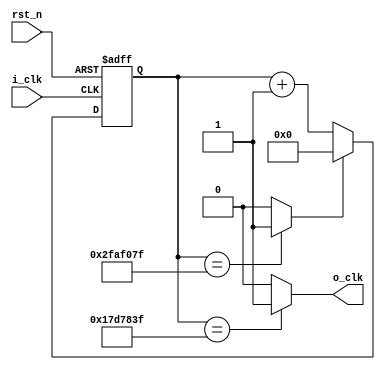
module Pwm #(parameter Period = 50000000, Duty = 25000000)
	(
		input				i_clk,
		input				rst_n,
		output			o_clk	
	);
	
	reg			[27:0]	counter;
	wire						counter_clr;
	wire						counter_dec;
	
	always @(posedge i_clk, negedge rst_n) begin
		if(!rst_n) 
			counter	<=	0;
		else begin
			if(counter_clr)
				counter	<=	0;
			else
				counter	<=	counter	+	1;
		end
	end
	
	assign	counter_clr	=	(counter	==	Period - 1) ? 1'b1 : 1'b0;
	assign	counter_dec	=	(counter	==	Duty - 1) ? 1'b1 : 1'b0;
	
	assign	o_clk	=	counter_dec;
	
endmodule